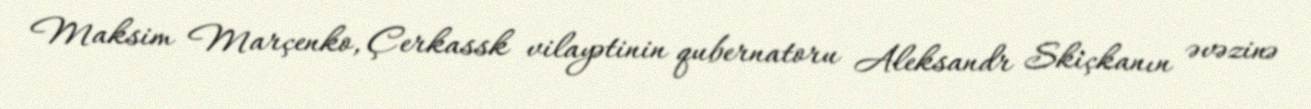
Maksim Marçenko, Çerkassk vilayətinin qubernatoru Aleksandr Skiçkanın əvəzinə